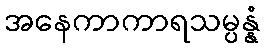
အနေကာကာရသမ္ပန္နံ